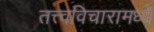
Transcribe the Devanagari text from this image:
तत्त्वविचारामध्ये